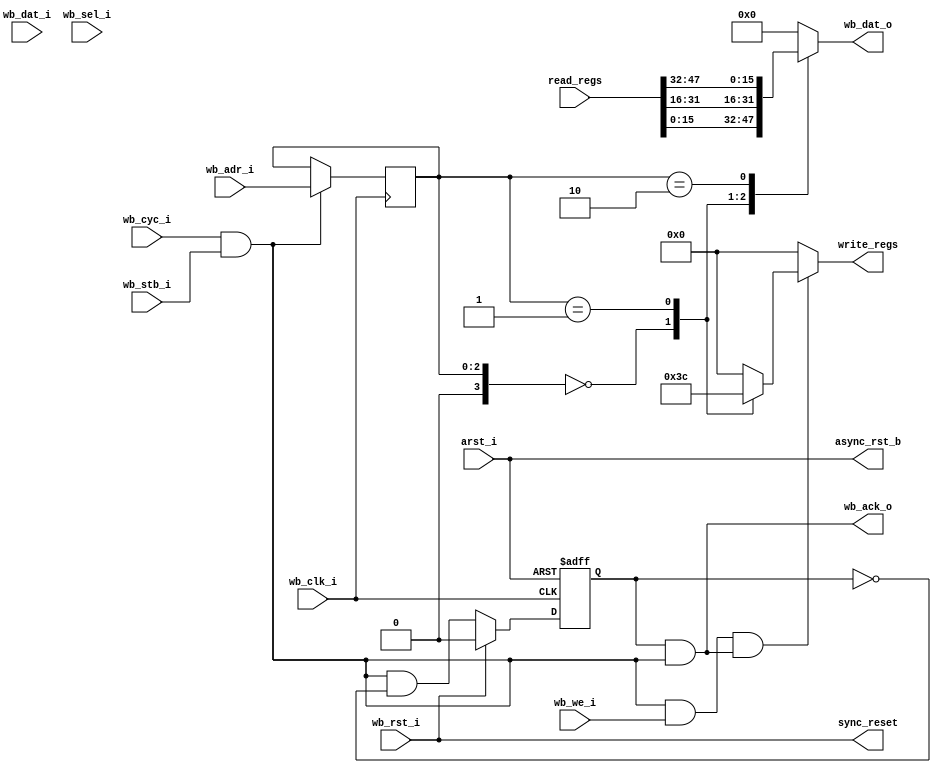
////////////////////////////////////////////////////////////////////////////////
//
//  WISHBONE revB.2 compliant Programable Interrupt Timer - Bus interface
//
//          rehayes@opencores.org
//
//  Downloaded from: http://www.opencores.org/projects/pit.....
//
////////////////////////////////////////////////////////////////////////////////
// Copyright (c) 2009, Robert Hayes
//
// All rights reserved.
//
// Redistribution and use in source and binary forms, with or without
// modification, are permitted provided that the following conditions are met:
//     * Redistributions of source code must retain the above copyright
//       notice, this list of conditions and the following disclaimer.
//     * Redistributions in binary form must reproduce the above copyright
//       notice, this list of conditions and the following disclaimer in the
//       documentation and/or other materials provided with the distribution.
//     * Neither the name of the <organization> nor the
//       names of its contributors may be used to endorse or promote products
//       derived from this software without specific prior written permission.
//
// THIS SOFTWARE IS PROVIDED BY Robert Hayes ''AS IS'' AND ANY
// EXPRESS OR IMPLIED WARRANTIES, INCLUDING, BUT NOT LIMITED TO, THE IMPLIED
// WARRANTIES OF MERCHANTABILITY AND FITNESS FOR A PARTICULAR PURPOSE ARE
// DISCLAIMED. IN NO EVENT SHALL Robert Hayes BE LIABLE FOR ANY
// DIRECT, INDIRECT, INCIDENTAL, SPECIAL, EXEMPLARY, OR CONSEQUENTIAL DAMAGES
// (INCLUDING, BUT NOT LIMITED TO, PROCUREMENT OF SUBSTITUTE GOODS OR SERVICES;
// LOSS OF USE, DATA, OR PROFITS; OR BUSINESS INTERRUPTION) HOWEVER CAUSED AND
// ON ANY THEORY OF LIABILITY, WHETHER IN CONTRACT, STRICT LIABILITY, OR TORT
// (INCLUDING NEGLIGENCE OR OTHERWISE) ARISING IN ANY WAY OUT OF THE USE OF THIS
// SOFTWARE, EVEN IF ADVISED OF THE POSSIBILITY OF SUCH DAMAGE.
////////////////////////////////////////////////////////////////////////////////
// 45678901234567890123456789012345678901234567890123456789012345678901234567890

module pit_wb_bus #(parameter ARST_LVL = 1'b0,    // asynchronous reset level
  		    parameter DWIDTH = 16,
                    parameter SINGLE_CYCLE = 1'b0)
  (
  // Wishbone Signals
  output reg  [DWIDTH-1:0] wb_dat_o,     // databus output - Pseudo Register
  output                   wb_ack_o,     // bus cycle acknowledge output
  input                    wb_clk_i,     // master clock input
  input                    wb_rst_i,     // synchronous active high reset
  input                    arst_i,       // asynchronous reset
  input             [ 2:0] wb_adr_i,     // lower address bits
  input       [DWIDTH-1:0] wb_dat_i,     // databus input
  input                    wb_we_i,      // write enable input
  input                    wb_stb_i,     // stobe/core select signal
  input                    wb_cyc_i,     // valid bus cycle input
  input              [1:0] wb_sel_i,     // Select byte in word bus transaction
  // PIT Control Signals
  output reg        [ 3:0] write_regs,   // Decode write control register
  output                   async_rst_b,  //
  output                   sync_reset,   //
  // input                    irq_source,   //
  input             [47:0] read_regs     // status register bits
  );


  // registers
  reg        bus_wait_state;  // Holdoff wb_ack_o for one clock to add wait state
  reg  [2:0] addr_latch;      // Capture WISHBONE Address 

  // Wires
  wire       eight_bit_bus;
  wire       module_sel;      // This module is selected for bus transaction
  wire       wb_wacc;         // WISHBONE Write Strobe
  wire       wb_racc;         // WISHBONE Read Access (Clock gating signal)
  wire [2:0] address;         // Select either direct or latched address

  //
  // module body
  //

  // generate internal resets
  assign eight_bit_bus = (DWIDTH == 8);

  assign async_rst_b = arst_i ^ ARST_LVL;
  assign sync_reset = wb_rst_i;

  // generate wishbone signals
  assign module_sel = wb_cyc_i && wb_stb_i;
  assign wb_wacc    = module_sel && wb_we_i && (wb_ack_o || SINGLE_CYCLE);
  assign wb_racc    = module_sel && !wb_we_i;
  assign wb_ack_o   = SINGLE_CYCLE ? module_sel : (bus_wait_state && module_sel);
  assign address    = SINGLE_CYCLE ? wb_adr_i : addr_latch;

  // generate acknowledge output signal, By using register all accesses takes two cycles.
  //  Accesses in back to back clock cycles are not possable.
  always @(posedge wb_clk_i or negedge async_rst_b)
    if (!async_rst_b)
      bus_wait_state <=  1'b0;
    else if (sync_reset)
      bus_wait_state <=  1'b0;
    else
      bus_wait_state <=  module_sel && !bus_wait_state;

  // Capture address in first cycle of WISHBONE Bus tranaction
  //  Only used when Wait states are enabled
  always @(posedge wb_clk_i)
    if ( module_sel )                  // Clock gate for power saving
      addr_latch <= wb_adr_i;

  // WISHBONE Read Data Mux
  always @*
      case ({eight_bit_bus, address}) // synopsys parallel_case
      // 8 bit Bus, 8 bit Granularity
      4'b1_000: wb_dat_o = read_regs[ 7: 0];  // 8 bit read address 0
      4'b1_001: wb_dat_o = read_regs[15: 8];  // 8 bit read address 1
      4'b1_010: wb_dat_o = read_regs[23:16];  // 8 bit read address 2
      4'b1_011: wb_dat_o = read_regs[31:24];  // 8 bit read address 3
      4'b1_100: wb_dat_o = read_regs[39:32];  // 8 bit read address 4
      4'b1_101: wb_dat_o = read_regs[47:40];  // 8 bit read address 5
      // 16 bit Bus, 16 bit Granularity
      4'b0_000: wb_dat_o = read_regs[15: 0];  // 16 bit read access address 0
      4'b0_001: wb_dat_o = read_regs[31:16];
      4'b0_010: wb_dat_o = read_regs[47:32];
      default:  wb_dat_o = 0;
    endcase

  // generate wishbone write register strobes -- one hot if 8 bit bus
  always @*
    begin
      write_regs = 0;
      if (wb_wacc)
	case ({eight_bit_bus, address}) // synopsys parallel_case
           // 8 bit Bus, 8 bit Granularity
	   4'b1_000 : write_regs = 4'b0001;
	   4'b1_001 : write_regs = 4'b0010;
	   4'b1_010 : write_regs = 4'b0100;
	   4'b1_011 : write_regs = 4'b1000;
           // 16 bit Bus, 16 bit Granularity
	   4'b0_000 : write_regs = 4'b0011;
	   4'b0_001 : write_regs = 4'b1100;
	   default: ;
	endcase
    end

    
endmodule  // pit_wb_bus